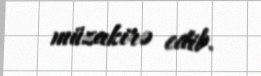
müzakirə edib.